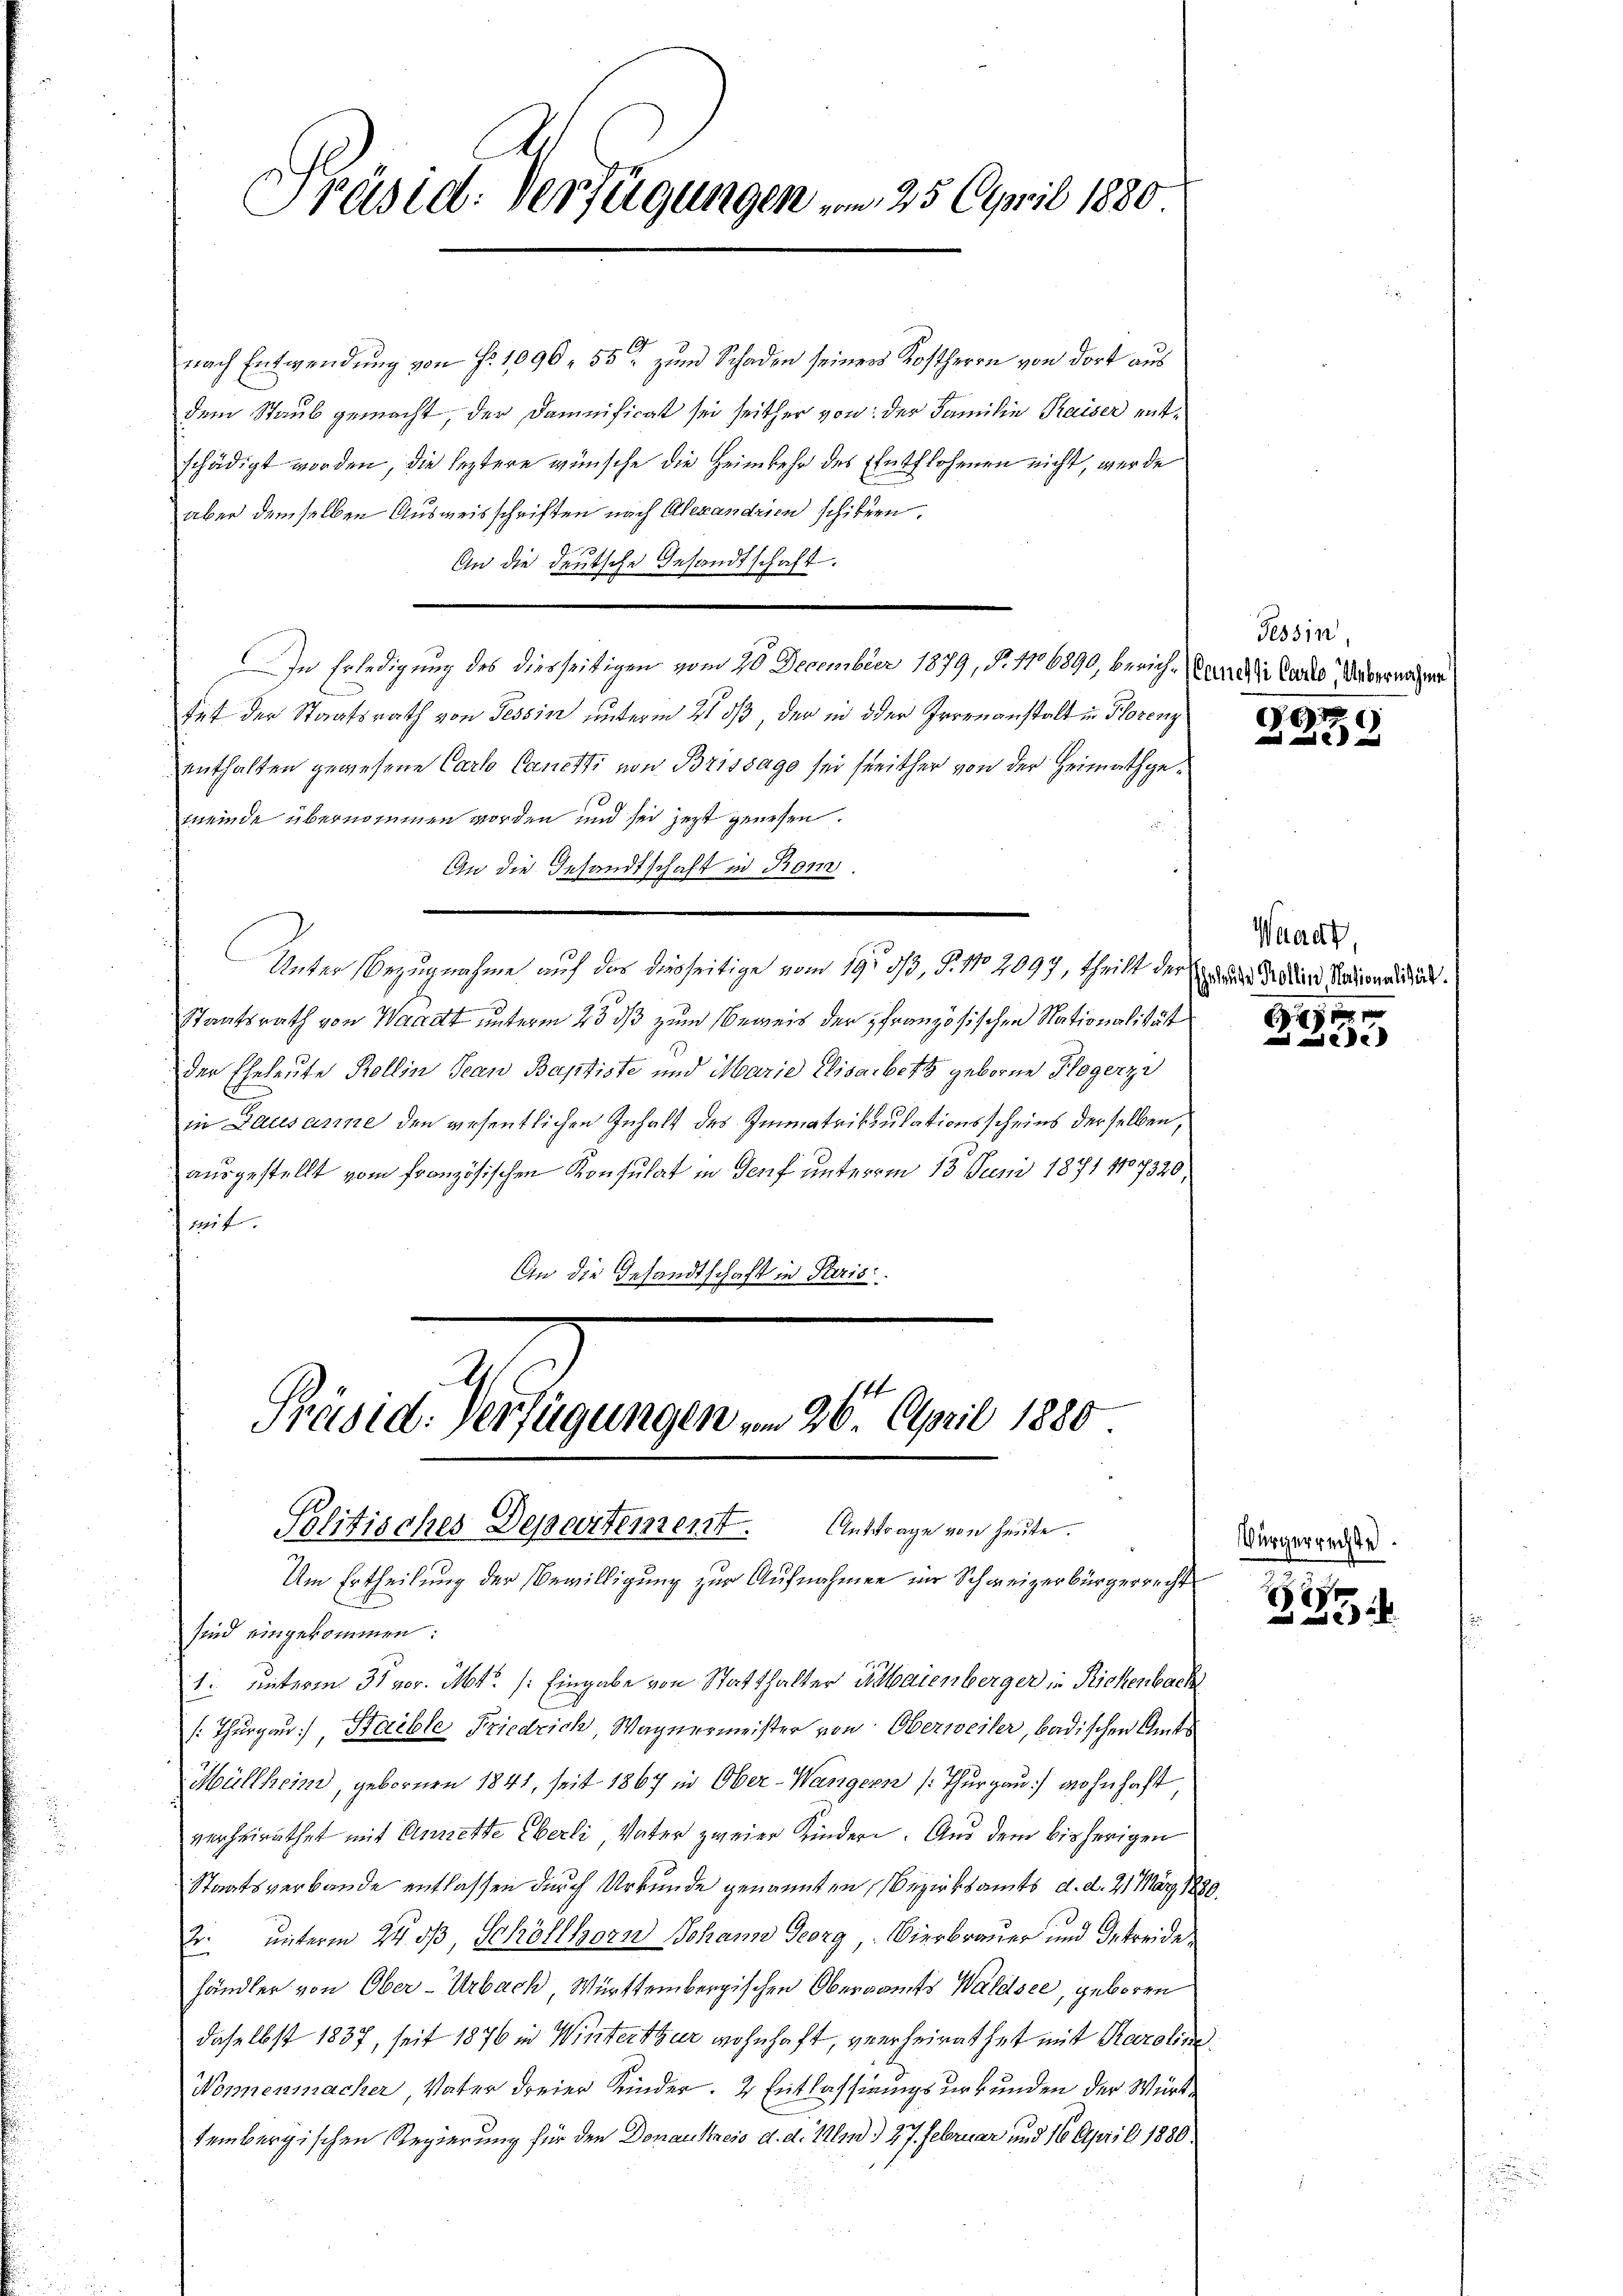
Präsid. Verfügungen . . 25. April 1880

nach Entwendung von Fr. 1090, 552 zum Schaden seiners Kostherrn von dort aus
dem Staub gemacht, der Damnificat sei seither von der Familie Kaiser entschädigt worden, die leztere wünsche die Heimkehr des Entflohenen nicht, werde
aber demselben Ausweisschriften nach Alexandrien schikern.
An die deutsche Gesandtschaft.
In Erledigung des diesseitigen vom 20. December 1879, N. 1106890, berich. Wande Canto Webernahme
tet der Staatsrath von Tessin unterm 21 dß, der in der Irrenanstalt in Florenz
enthalten gewesene Carlo Canetti von Brissage sei freither von der Heimathgemeinde übernommen worden und sei jetzt gewesen.
An die Gesandtschaft in Rom.
Unter Bezugnahme auf das derseitige vom 19te 1/3. §. 110. 2097, theilt der Erde des und Sardinandung.
Staatsrath von Waadt unterm 23. ds zum Beweis der französischen Nationalität
der Eheleute Rollin Jean Baptiste und Marie Elisabeth geborne Flogerze
in Lausanne den wesentlichen Inhalt des Immatrikulationsscheins derselben,
ausgestellt vom französischen Konsulat in Genf unterm 13. Juni 1871 1807320,
mit.
An die Gesandtschaft in Paris

b
Präsid: Verfügungen vom 26. April 1880.
Auftrage von heute.
Politisches Departement.

Um Ertheilung der Bewilligung zur Aufnahmen im Schweizerbürgerrecht
sind eingekommen:
1. unterm 31 vor. Mt. /: Eingabe von Statthalter usaienberger in Rickenbach
: Thurgau) Haible Friedrich, Wagnermeister von Oberweiler, badischen Amts
Müllheim, gebornen 1841, seit 1867 in Ober-Wangern (Thurgau) wohnhaft
verheirathet mit Annette Eberli, Vater zweier Kindern. Aus dem bisherigen
Staatsverbande entlassen durch Urkunde genannten Bezirksamts d. d. 21 März 1889.
2. unterm 24. ds, Schöllhorn Johann Georg, Vierbrauer und Getreide
händler von Ober-Urbach, Württembergischen Oberamts Waldsee, geboren
daselbst 1837, seit 1876 in Winterthur wohnhaft, verheirat hat mit Karolini¬
Wonnenmacher, Vater dreier Kinder. 2 Entlassungsurkunden der Württembergischen Regierung für den Donaukreis d. d. 1. 27. Februar und 16. April 1880

Tessin,

7

Waadt,

xx
 die

Vürgerrechte.

Bar
2 x